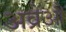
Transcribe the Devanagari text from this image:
अव्रेऔ